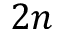
2 n